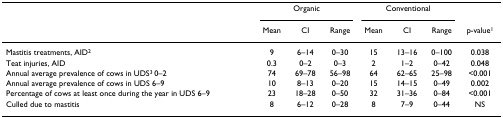
<table><thead><tr><td></td><td colspan="3"><b>Organic</b></td><td colspan="3"><b>Conventional</b></td><td></td></tr><tr><td></td><td><b>Mean</b></td><td><b>CI</b></td><td><b>Range</b></td><td><b>Mean</b></td><td><b>CI</b></td><td><b>Range</b></td><td><b>p-value<sup>1</sup></b></td></tr></thead><tbody><tr><td>Mastitis treatments, AID<sup>2</sup></td><td>9</td><td>6–14</td><td>0–30</td><td>15</td><td>13–16</td><td>0–100</td><td>0.038</td></tr><tr><td>Teat injuries, AID</td><td>0.3</td><td>0–2</td><td>0–3</td><td>2</td><td>1–2</td><td>0–42</td><td>0.048</td></tr><tr><td>Annual average prevalence of cows in UDS<sup>3 </sup>0–2</td><td>74</td><td>69–78</td><td>56–98</td><td>64</td><td>62–65</td><td>25–98</td><td>&lt;0.001</td></tr><tr><td>Annual average prevalence of cows in UDS 6–9</td><td>10</td><td>8–13</td><td>0–20</td><td>15</td><td>14–15</td><td>0–49</td><td>0.002</td></tr><tr><td>Percentage of cows at least once during the year in UDS 6–9</td><td>23</td><td>18–28</td><td>0–50</td><td>32</td><td>31–36</td><td>0–84</td><td>&lt;0.001</td></tr><tr><td>Culled due to mastitis</td><td>8</td><td>6–12</td><td>0–28</td><td>8</td><td>7–9</td><td>0–44</td><td>NS</td></tr></tbody></table>